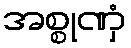
အစ္စုဏှံ